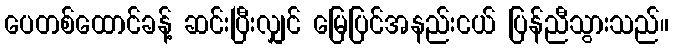
ပေတစ်ထောင်ခန့် ဆင်းပြီးလျှင် မြေပြင်အနည်းငယ် ပြန်ညီသွားသည်။